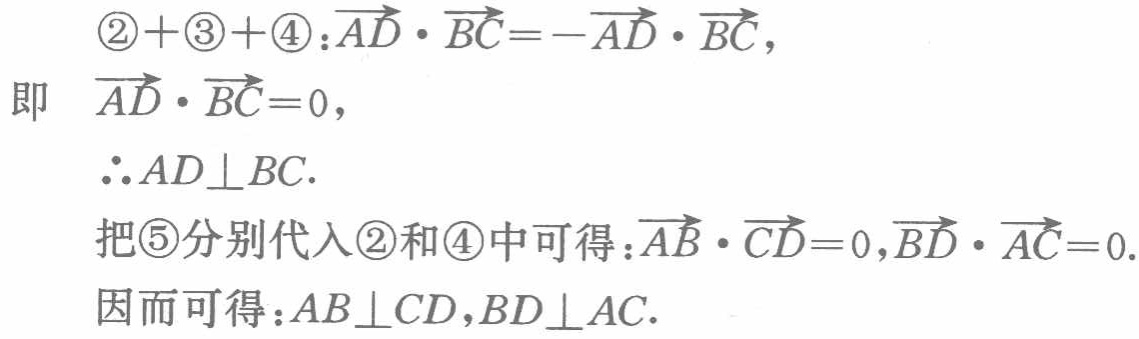
\begin{align*}
\textcircled{2}+\textcircled{3}+\textcircled{4}:&\overrightarrow{AD} \cdot \overrightarrow{BC}=-\overrightarrow{AD} \cdot \overrightarrow{BC},\\
\text{即}\quad &\overrightarrow{AD} \cdot \overrightarrow{BC}=0,\\
&\therefore AD\perp BC.\\
\text{把}\textcircled{5}\text{分别代入}\textcircled{2}\text{和}\textcircled{4}\text{中可得}:&\overrightarrow{AB} \cdot \overrightarrow{CD}=0,\overrightarrow{BD} \cdot \overrightarrow{AC}=0.\\
\text{因而可得}:&AB\perp CD,BD\perp AC.
\end{align*}